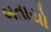
બતાયો